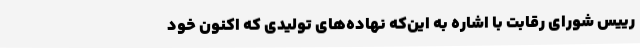
رییس شورای رقابت با اشاره به این‌که نهاده‌های تولیدی که اکنون خود